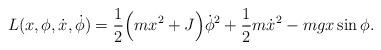
LaTeX: \begin{align*}L(x,\phi,\dot x,\dot \phi)= \frac{1}{2}\Big(mx^2+J\Big)\dot\phi^2+\frac{1}{2}m\dot x^2-mgx\sin\phi.\end{align*}